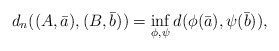
\begin{align*}d_n((A,\bar a),(B,\bar b))=\inf_{\phi,\psi}d(\phi(\bar a),\psi(\bar b)),\end{align*}